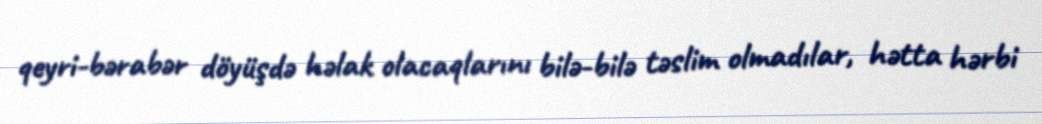
qeyri-bərabər döyüşdə həlak olacaqlarını bilə-bilə təslim olmadılar, hətta hərbi